Vaccination in Bombay 1889-1901 - 1889-1901
Year: 1889
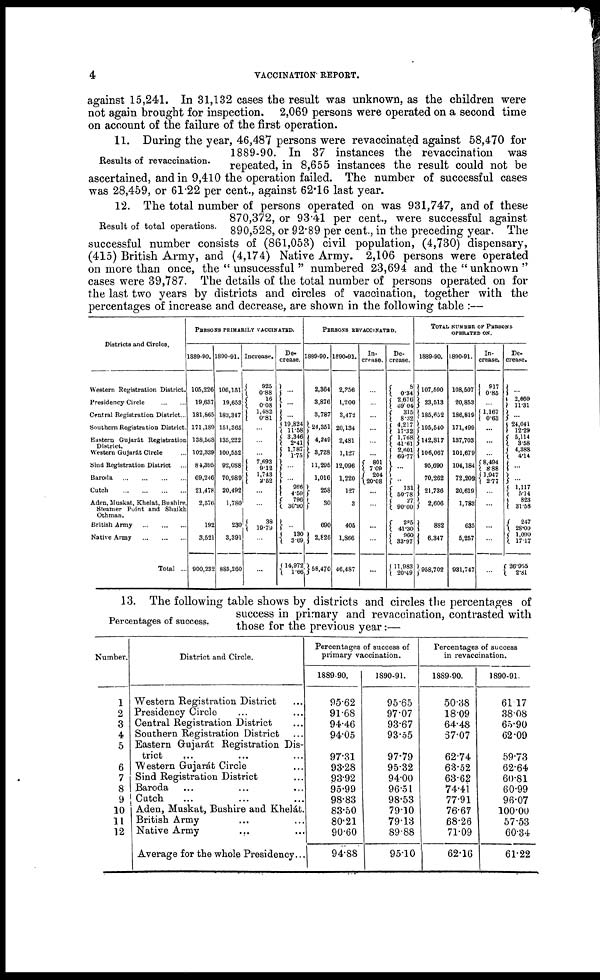
4
VACCINATION REPORT.
against 15,241. In 31,132 cases the result was unknown, as the children were
not again brought for inspection. 2,069 persons were operated on a second time
on account of the failure of the first operation.
Results of revaccination.
11. During the year, 46,487 persons were revaccinated against 58,470 for
1889-90. In 37 instances the revaccination was
repeated, in 8,655 instances the result could not be
ascertained, and in 9,410 the operation failed. The number of successful cases
was 28,459, or 61.22 per cent., against 62.16 last year.
Result of total operations.
12. The total number of persons operated on was 931,747, and of these
870,372, or 93.41 per cent., were successful against
890,528, or 92.89 per cent., in the preceding year. The
successful number consists of (861,053) civil population, (4,730) dispensary,
(415) British Army, and (4,174) Native Army. 2,106 persons were operated
on more than once, the " unsucessful " numbered 23,694 and the " unknown "
cases were 39,787. The details of the total number of persons operated on for
the last two years by districts and circles of vaccination, together with the
percentages of increase and decrease, are shown in the following table :—
Districts and Circles.
Western Registration District.
Presidency Circle
...
...
Central Registration District...
Southern Registration District.
Eastern Gujarát Registration
District.
Western Gujarát Circle ...
Sind Registration District ...
Baroda
...
...
...
...
Cutch
...
...
...
...
Aden, Muskat, Khelat, Bushire,
Steamer Point and Shaikh
Othman.
British Army
...
...
...
Native Army
...
...
...
Total ...
PERSONS PRIMARILY VACCINATED.
1889-90.
105,226
19,637
181,865
171,189
138,568
102,339
84,395
69,246
21,478
2,570
192
3,521
900,232
1890-91.
106,151
19,653
183,347
151,365
135,222
100,552
92,088
70,989
20,492
1,780
230
3,391
885,260
Increase.
925
0.88
16
0.08
1,482
0.81
...
...
...
7,693
9.12
1,743
2.52
...
...
38
19.79
...
...
De-
crease.
...
...
...
19,824
11.58
3,346
2.41
1,787
1.75
...
...
986
4.59
796
30.90
...
130
3.69
14,972
1.66
PERSONS REVACCINATED.
1889-90.
2,364
3,876
3,787
24,351
4,249
3,728
11,295
1,016
258
30
690
2,826
58,470
1890-91.
2,358
1,200
3,472
20,134
2,481
1,127
12,096
1,220
127
3
405
1,866
46,487
In-
crease.
...
...
...
...
...
...
801
7.09
204
20.08
...
...
...
...
...
De-
crease.
8
0.34
2,676
69.04
315
8.32
4,217
17.32
1,768
41.61
2,601
69.77
...
...
131
50.78
27
90.00
285
41.30
960
33.97
11,983
20.49
TOTAL NUMBER OF PERSONS
OPERATED ON.
1889-90.
107,590
23,513
185,652
195,540
142,817
106,067
95,690
70,262
21,736
2,606
882
6,347
958,702
1890-91.
108,507
20,853
186,819
171,499
137,703
101,679
104,184
72,209
20,619
1,783
635
5,257
931,747
In-
crease.
917
0.85
...
1,167
0.63
...
...
...
8,494
8.88
1,947
2.77
...
...
...
...
...
De-
crease.
...
2,660
11.31
...
24,041
12.29
5,114
3.58
4,388
4.14
...
...
1,117
5.14
823
31.58
247
28.00
1,090
17.17
26.955
2.81
Percentages of success.
13. The following table shows by districts and circles the percentages of
success in primary and revaccination, contrasted with
those for the previous year:—
Number.
1
2
3
4
5
6
7
8
9
10
11
12
District and Circle.
Western Registration District ...
Presidency Circle ... ...
Central Registration District ...
Southern Registration District ...
Eastern Gujarát Registration Dis-
trict ... ... ...
Western Gujarát Circle ...
Sind Registration District ...
Baroda ... ... ...
Cutch ... ... ...
Aden, Muskat, Bushire and Khelát.
British Army ... ...
Native Army
... ...
Average for the whole Presidency...
Percentages of success of
primary vaccination.
1889-90.
95.62
91.68
94.46
94.05
97.31
93.28
93.92
95.99
98.83
83.50
80.21
90.60
94.88
1890-91.
95.65
97.07
93.67
93.55
97.79
95.32
94.00
96.51
98.53
79.10
79.13
89.88
95.10
Percentages of success
in revaccination.
1889-90.
50.38
18.09
64.48
67.07
62.74
63.52
63.62
74.41
77.91
76.67
68.26
71.09
62.16
1890-91.
61.17
38.08
65.90
62.09
59.73
62.64
60.81
60.99
96.07
100.00
57.53
60.34
61.22